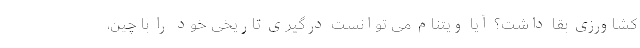
کشاورزی بقا داشت؟ آیا ویتنام می توانست درگیری تاریخی خود را با چین،